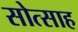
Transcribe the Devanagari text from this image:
सोत्साह